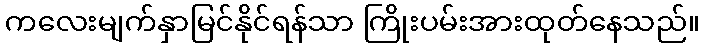
ကလေးမျက်နှာမြင်နိုင်ရန်သာ ကြိုးပမ်းအားထုတ်နေသည်။